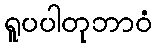
ရူပပါတုဘာဝံ